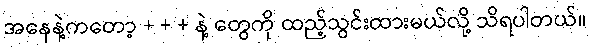
အနေနဲ့ကတော့ + + + နဲ့ တွေကို ထည့်သွင်းထားမယ်လို့ သိရပါတယ်။